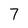
Character: 7